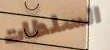
السلطات